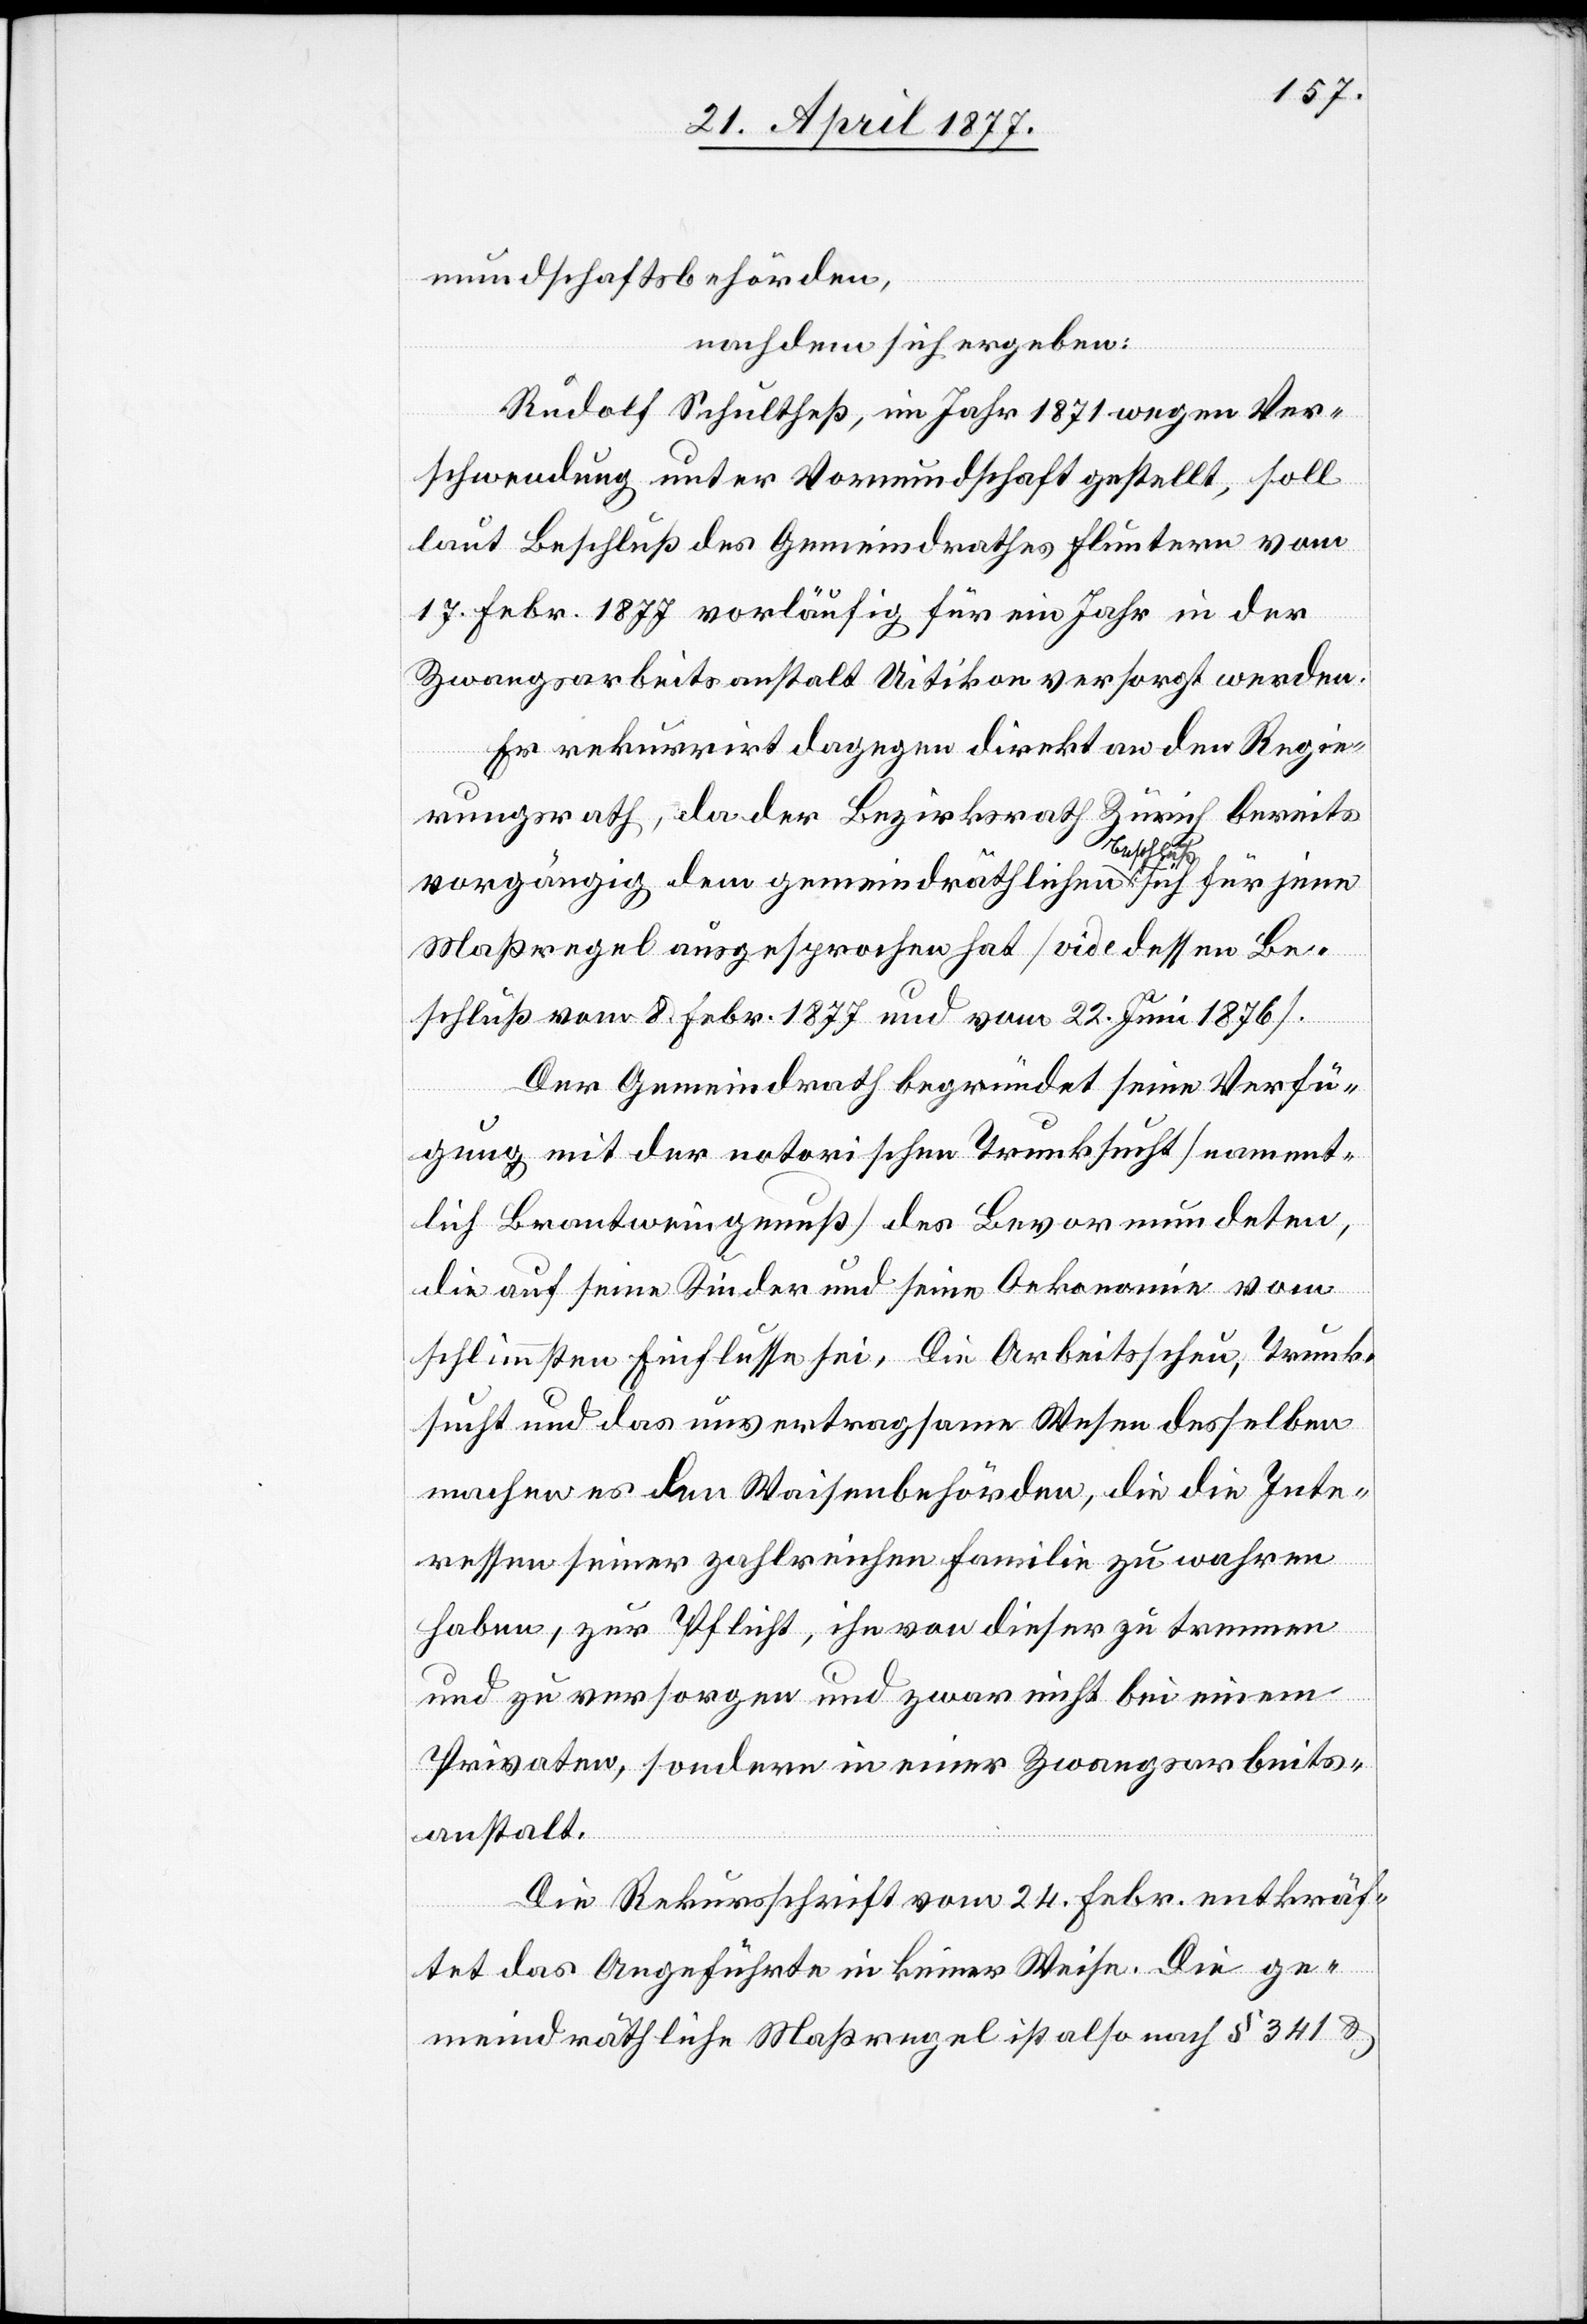
mundschaftsbehörden,
nachdem sich ergeben:
Rudolf Schultheß, im Jahr 1871 wegen Ver¬
schwendung unter Vormundschaft gestellt, soll
laut Beschluß des Gemeindrathes Fluntern vom
17. Febr. 1877 vorläufig für ein Jahr in der
Zwangsarbeitsanstalt Uitikon versorgt werden.
Er rekurrirt dagegen direkt an den Regie¬
rungsrath, da der Bezirksrath Zürich bereits
vorgängig dem gemeindräthlichen Beschluß sich für jene
Maßregel ausgesprochen hat [vide dessen Be¬
schluß vom 8. Febr. 1877 und vom 22. Juni 1876].
Der Gemeindrath begründet seine Verfü¬
gung mit der notorischen Trunksucht [nament¬
lich Brantweingenuß] des Bevormundeten,
die auf seine Kinder und seine Oekonomie vom
schlimmsten Einflusse sei. Die Arbeitsscheu, Trunk¬
sucht und das unvertragsame Wesen desselben
machen es den Waisenbehörden, die die Inte¬
ressen seiner zahlreichen Familie zu wahren
haben, zur Pflicht, ihn von dieser zu trennen
und zu versorgen und zwar nicht bei einem
Privaten, sondern in einer Zwangsarbeits¬
anstalt.
Die Rekursschrift vom 24. Febr. entkräf¬
tet das Angeführte in keiner Weise. Die ge¬
meindräthliche Maßregel ist also nach §[§] 341 &